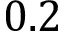
0 . 2